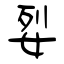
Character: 姴